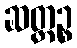
ဆတ္တဉ္စ